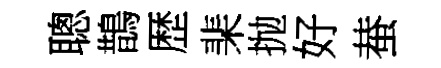
聰鵲歴棐抛好蛬